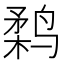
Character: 𱊗